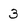
Character: 3